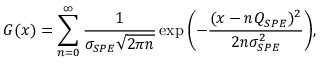
G ( x ) = \sum _ { n = 0 } ^ { \infty } \frac { 1 } { \sigma _ { S P E } \sqrt { 2 \pi n } } \exp { \left( - \frac { ( x - n Q _ { S P E } ) ^ { 2 } } { 2 n \sigma _ { S P E } ^ { 2 } } \right) } ,